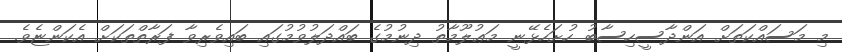
މި މަސައްކަތަށް އަންދާސީހިސާބު ހުށަހެޅޭނީ މަޢުލޫމާތު ދިނުމުގެ ބައްދަލުވުމުގައި ބައިވެރިވާ ފަރާތްތަކަށް އެކަންޏެވެ.